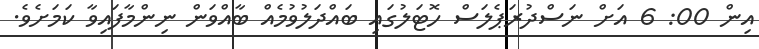
އިން 00: 6 އަށް ނަސްދުރަޕެލަސް ހޮޓަލުގައި ބައްދަލުވުމެއް ބާއްވަން ނިންމާފައިވާ ކަމަށެވެ.